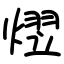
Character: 熤